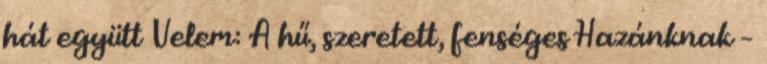
hát együtt Velem: A hű, szeretett, fenséges Hazánknak –